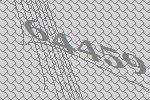
64459